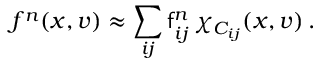
f ^ { n } ( x , v ) \approx \sum _ { i j } \mathsf { f } _ { i j } ^ { n } \, \chi _ { C _ { i j } } ( x , v ) \, .